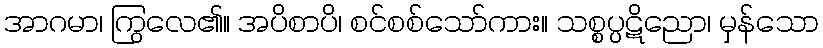
အာဂမာ၊ ကြွလေ၏။ အပိစာပိ၊ စင်စစ်သော်ကား။ သစ္စပ္ပဋိညော၊ မှန်သော